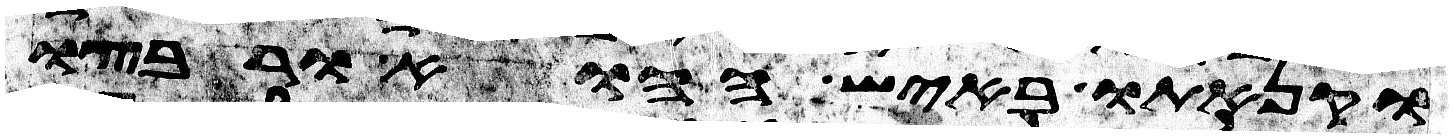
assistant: וקנאתו באיש ההוא ורבצו